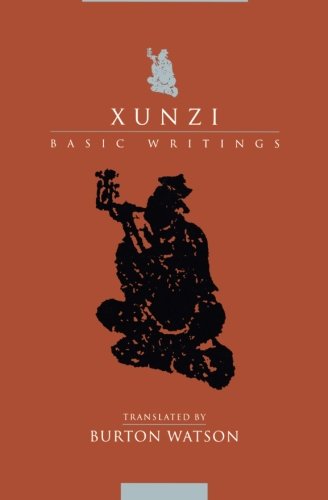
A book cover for Xunzi: Basic Writings (Translations from the Asian Classics); Xunzi; Politics & Social Sciences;